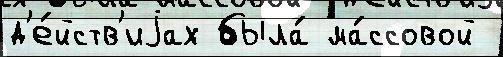
д'е́йств'иjах была́ ма́ссовой